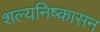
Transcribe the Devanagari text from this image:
शल्यनिष्कासन